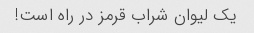
یک لیوان شراب قرمز در راه است!